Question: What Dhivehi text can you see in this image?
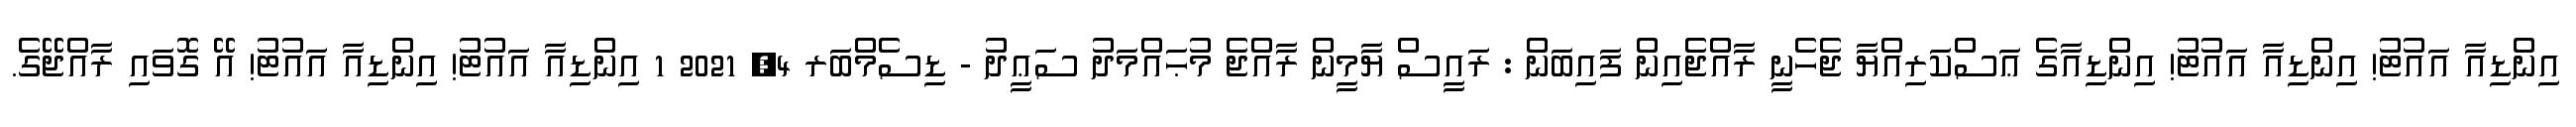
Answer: އިންޑިއާ އައުޓު! އިންޑިއާ އައުޓު! އިންޑިއާގެ ޢަސްކަރިއްޔާ ޖެހެނީ ރާއްޖެއިން ފައިބަން : ރައީސް ޔާމީން ރާއްޖެ މުޙައްމަދު ސަޢީދު - ޑިސެމްބަރ 4, 2021 1 އިންޑިއާ އައުޓު! އިންޑިއާ އައުޓު! އޭ ގޮވައި ރާއްޖޭގެ.